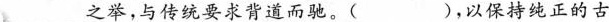
___之举，与传统要求背道而驰。( )，以保持纯正的古